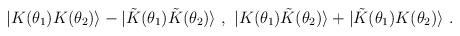
LaTeX: \begin{align*}|{K}(\theta_1){K}(\theta_2)\rangle - |{\tilde K}(\theta_1){\tilde K}(\theta_2)\rangle\ ,\ |K(\theta_1){\tilde K}(\theta_2) \rangle + |{\tilde K}(\theta_1)K(\theta_2)\rangle\ .\end{align*}